Report on sanitation, dispensaries, and jails in Rajputana for 1909, and on vaccination for the year 1909-1910 - 1909-1910
Year: 1909
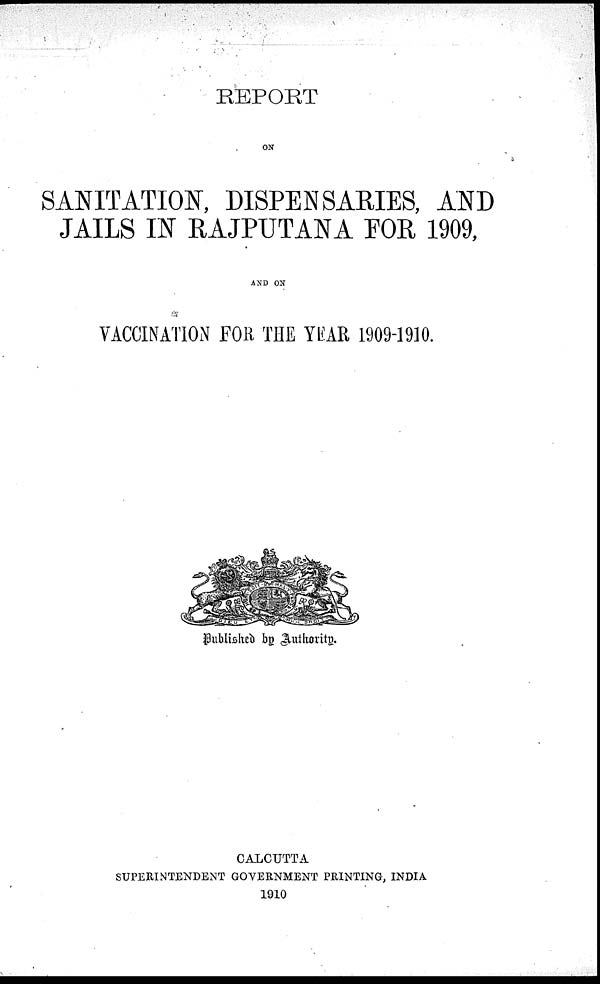
REPORT
ON
SANITATION, DISPENSARIES, AND
JAILS IN RAJPUTANA FOR 1909,
AND ON
VACCINATION FOR THE YEAR 1909-1910.
Published by Authority.
CALCUTTA
SUPERINTENDENT GOVERNMENT PRINTING, INDIA
1910